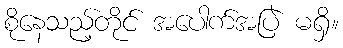
စိုနေသည့်တိုင် အပေါက်အပြဲ မရှိ။